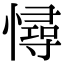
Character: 憳